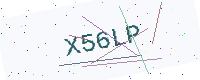
Text: X56LP